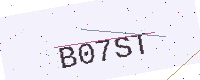
Text: B07ST